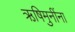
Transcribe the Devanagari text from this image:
ऋषिमुनींना